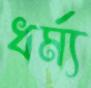
ধর্ম্য